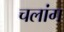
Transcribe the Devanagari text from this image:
चलांग